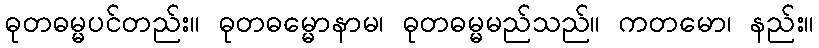
ဓုတဓမ္မပင်တည်း။ ဓုတဓမ္မောနာမ၊ ဓုတဓမ္မမည်သည်။ ကတမော၊ နည်း။